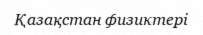
Қазақстан физиктері